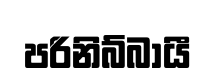
පරිනිබ්බායී